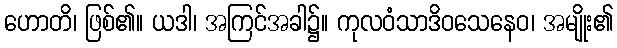
ဟောတိ၊ ဖြစ်၏။ ယဒါ၊ အကြင်အခါ၌။ ကုလဝံသာဒိဝသေနေဝ၊ အမျိုး၏